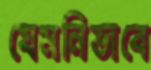
যেমনিভাবে